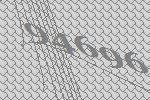
94696